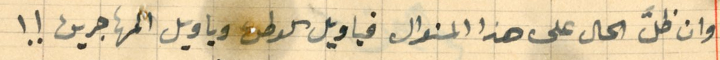
وان ظلّ الحال على هذا المنوال فيا ويل الوطن ويا ويل المهاجرين !!